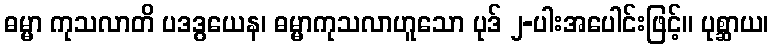
ဓမ္မာ ကုသလာတိ ပဒဒွယေန၊ ဓမ္မာကုသလာဟူသော ပုဒ် ၂-ပါးအပေါင်းဖြင့်။ ပုစ္ဆာယ၊